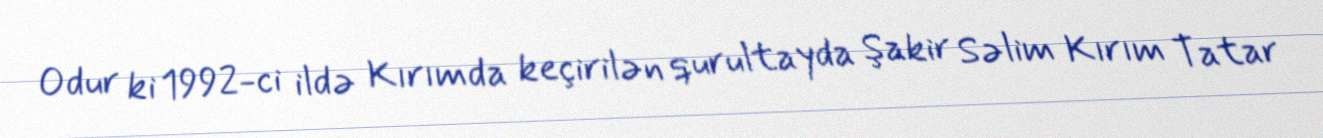
Odur ki 1992-ci ildə Kırımda keçirilən qurultayda Şakir Səlim Kırım Tatar